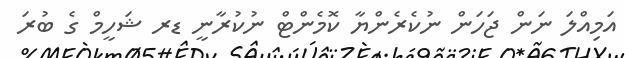
އަމިއްލަ ނަން ޖަހަން ނުކެރެންޔާ ކޮމެންޓް ނުކުރާނީ ޑރ ޝަހީމް ގެ ބުރަ